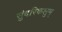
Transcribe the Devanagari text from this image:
सुंदरिकलुम्